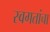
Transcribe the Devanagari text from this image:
स्वगतांचा